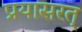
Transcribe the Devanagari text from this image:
प्रयासरत्